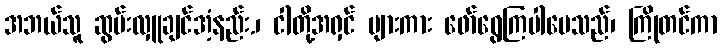
အဘယ်သူ ဆွမ်းလှူချင်အံ့နည်း.၊ ငါတို့အရှင် များကား ဖော်ရွေကြပါပေသည်၊ ကြိုတင်ကာ